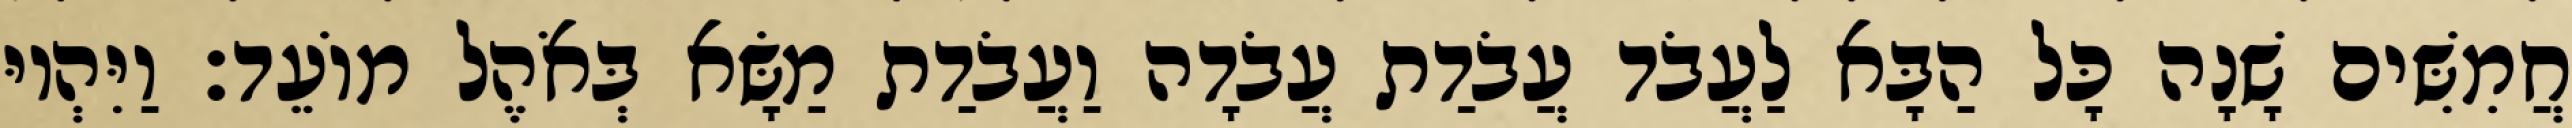
חֲמִשִּׁים שָׁנָה כָּל הַבָּא לַעֲבֹד עֲבֹדַת עֲבֹדָה וַעֲבֹדַת מַשָּׂא בְּאֹהֶל מוֹעֵד׃ וַיִּהְיוּ